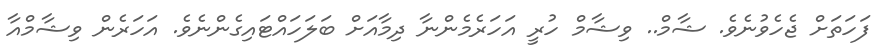
ފަހަތަށް ޖެހެވުނެވެ. ޝާމް.. ވިޝާމް ހުރީ އަހަރެމެންނާ ދިމާއަށް ބަލަހައްޓައިގެންނެވެ. އަހަރެން ވިޝާމްއާ